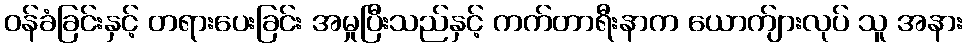
ဝန်ခံခြင်းနှင့် တရားပေးခြင်း အမှုပြီးသည်နှင့် ကက်တာရီးနာက ယောက်ျားလုပ် သူ အနား